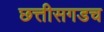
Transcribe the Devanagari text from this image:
छत्तीसगडच